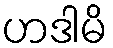
ဟဒါမိ